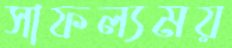
সাফল্যময়